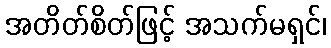
အတိတ်စိတ်ဖြင့် အသက်မရှင်၊